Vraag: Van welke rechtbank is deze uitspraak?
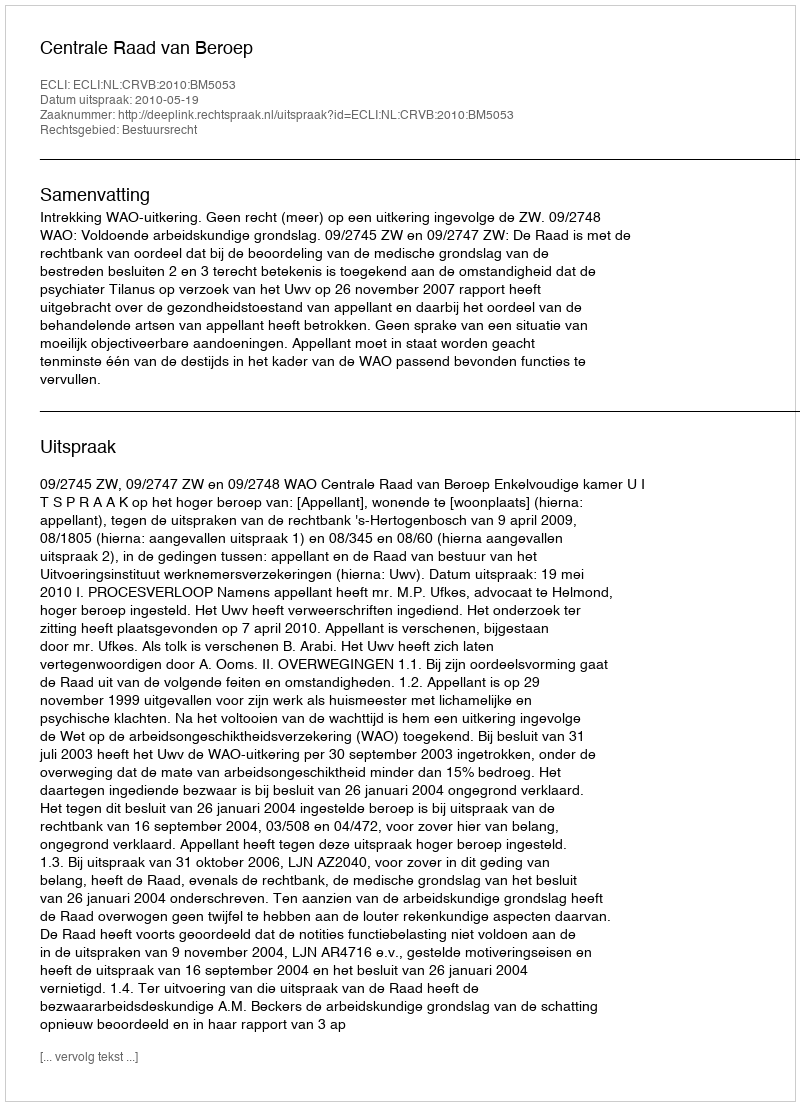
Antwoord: Centrale Raad van Beroep